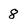
Character: 8